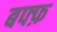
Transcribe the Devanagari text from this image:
बफ्फ़